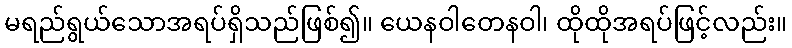
မရည်ရွယ်သောအရပ်ရှိသည်ဖြစ်၍။ ယေနဝါတေနဝါ၊ ထိုထိုအရပ်ဖြင့်လည်း။